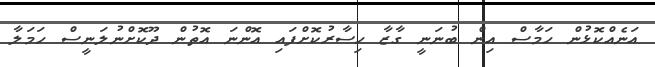
އަނެއްކޮޅުން ހަމާސް އިން ބުނަނީ ގާޒާ ހިސާރުކޮށްފައި އޮންނަ އޮތުން ދޫކޮށްނުލަނީސް ހަމަލާ